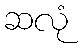
ဆလုံ